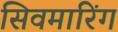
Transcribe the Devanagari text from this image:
सिवमारिंग